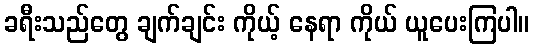
ခရီးသည်တွေ ချက်ချင်း ကိုယ့် နေရာ ကိုယ် ယူပေးကြပါ။